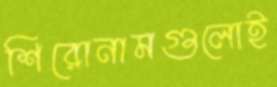
শিরোনামগুলোই